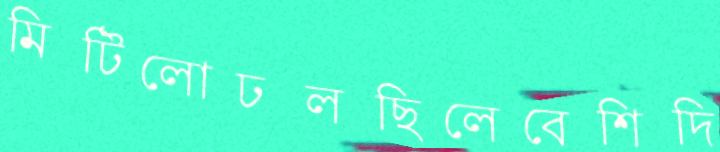
মিটিলোঢলছিলেবেশিদি